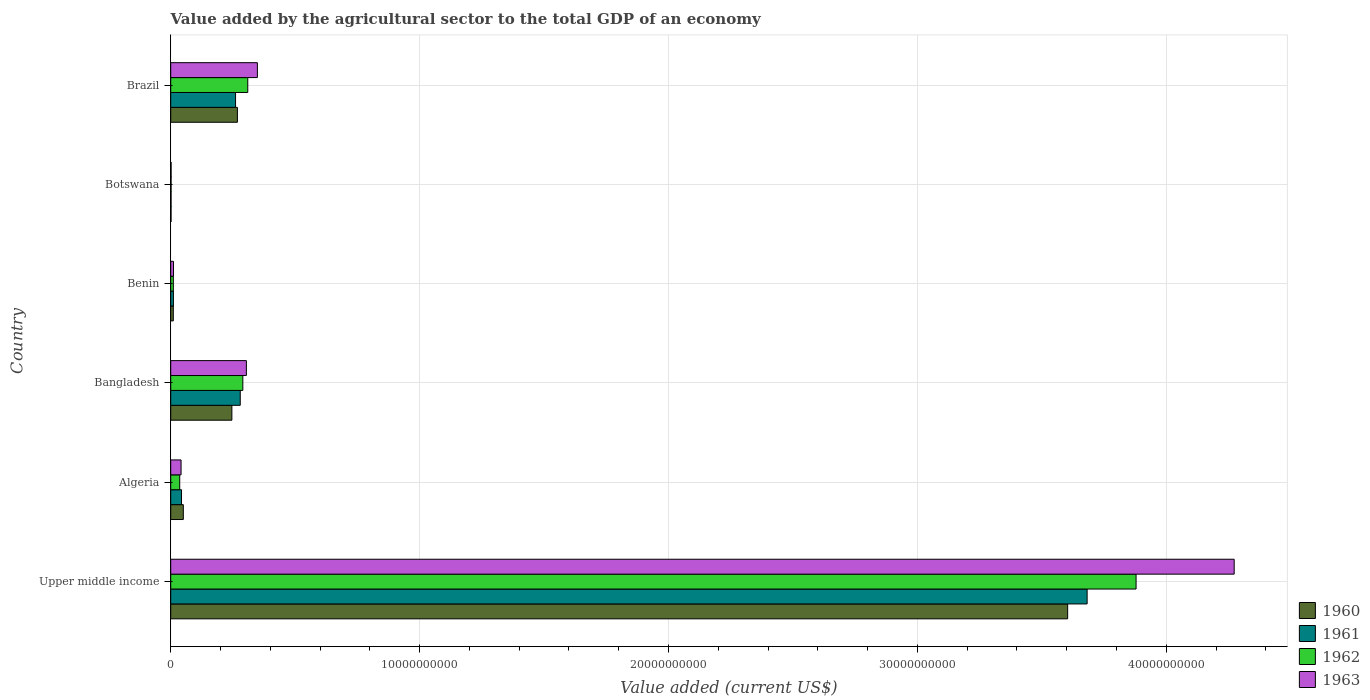
| Country | 1960 | 1961 | 1962 | 1963 |
 | --- | --- | --- | --- | --- |
 | Upper middle income | 3.6e+10 | 3.68e+10 | 3.88e+10 | 4.27e+10 |
 | Algeria | 5.06e+08 | 4.34e+08 | 3.61e+08 | 4.16e+08 |
 | Bangladesh | 2.46e+09 | 2.79e+09 | 2.9e+09 | 3.04e+09 |
 | Benin | 1.04e+08 | 1.09e+08 | 1.06e+08 | 1.11e+08 |
 | Botswana | 1.31e+07 | 1.38e+07 | 1.45e+07 | 1.51e+07 |
 | Brazil | 2.68e+09 | 2.6e+09 | 3.1e+09 | 3.48e+09 |